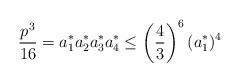
LaTeX: \begin{align*}\frac{p^{3}}{16} = a_{1}^{*} a_{2}^{*} a_{3}^{*} a_{4}^{*} \leq\left(\frac{4}{3}\right)^{6} (a_{1}^{*})^{4}\end{align*}